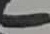
Text: -